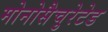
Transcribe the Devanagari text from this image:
मोनोसैचुरेटेड